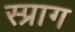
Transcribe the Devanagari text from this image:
स्प्राग